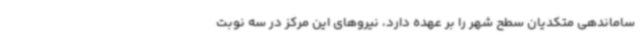
ساماندهی متکدیان سطح شهر را بر عهده دارد، نیروهای این مرکز در سه نوبت